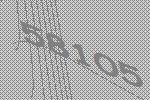
58105